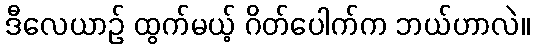
ဒီလေယာဉ် ထွက်မယ့် ဂိတ်ပေါက်က ဘယ်ဟာလဲ။